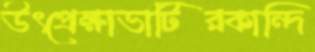
উৎপ্রেক্ষাভাটিরকান্দি